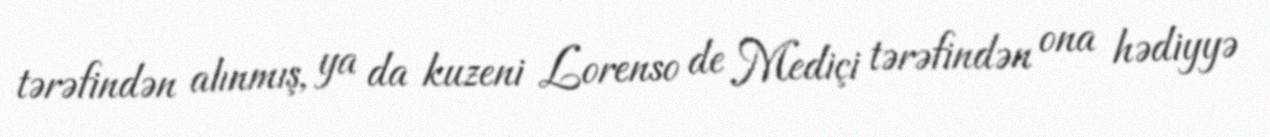
tərəfindən alınmış, ya da kuzeni Lorenso de Mediçi tərəfindən ona hədiyyə